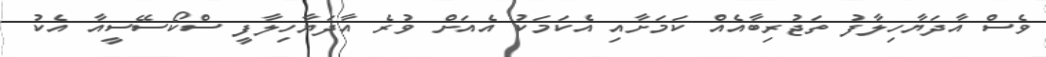
ވެސް އާދަޔާހިލާފު ތަޖުރިބާއެއް ކަމަށާއި އެކަމަކު އެއަށް ވުރެ އާދަޔާހިލާފީ ސްކޯސޭސީއާ އެކު